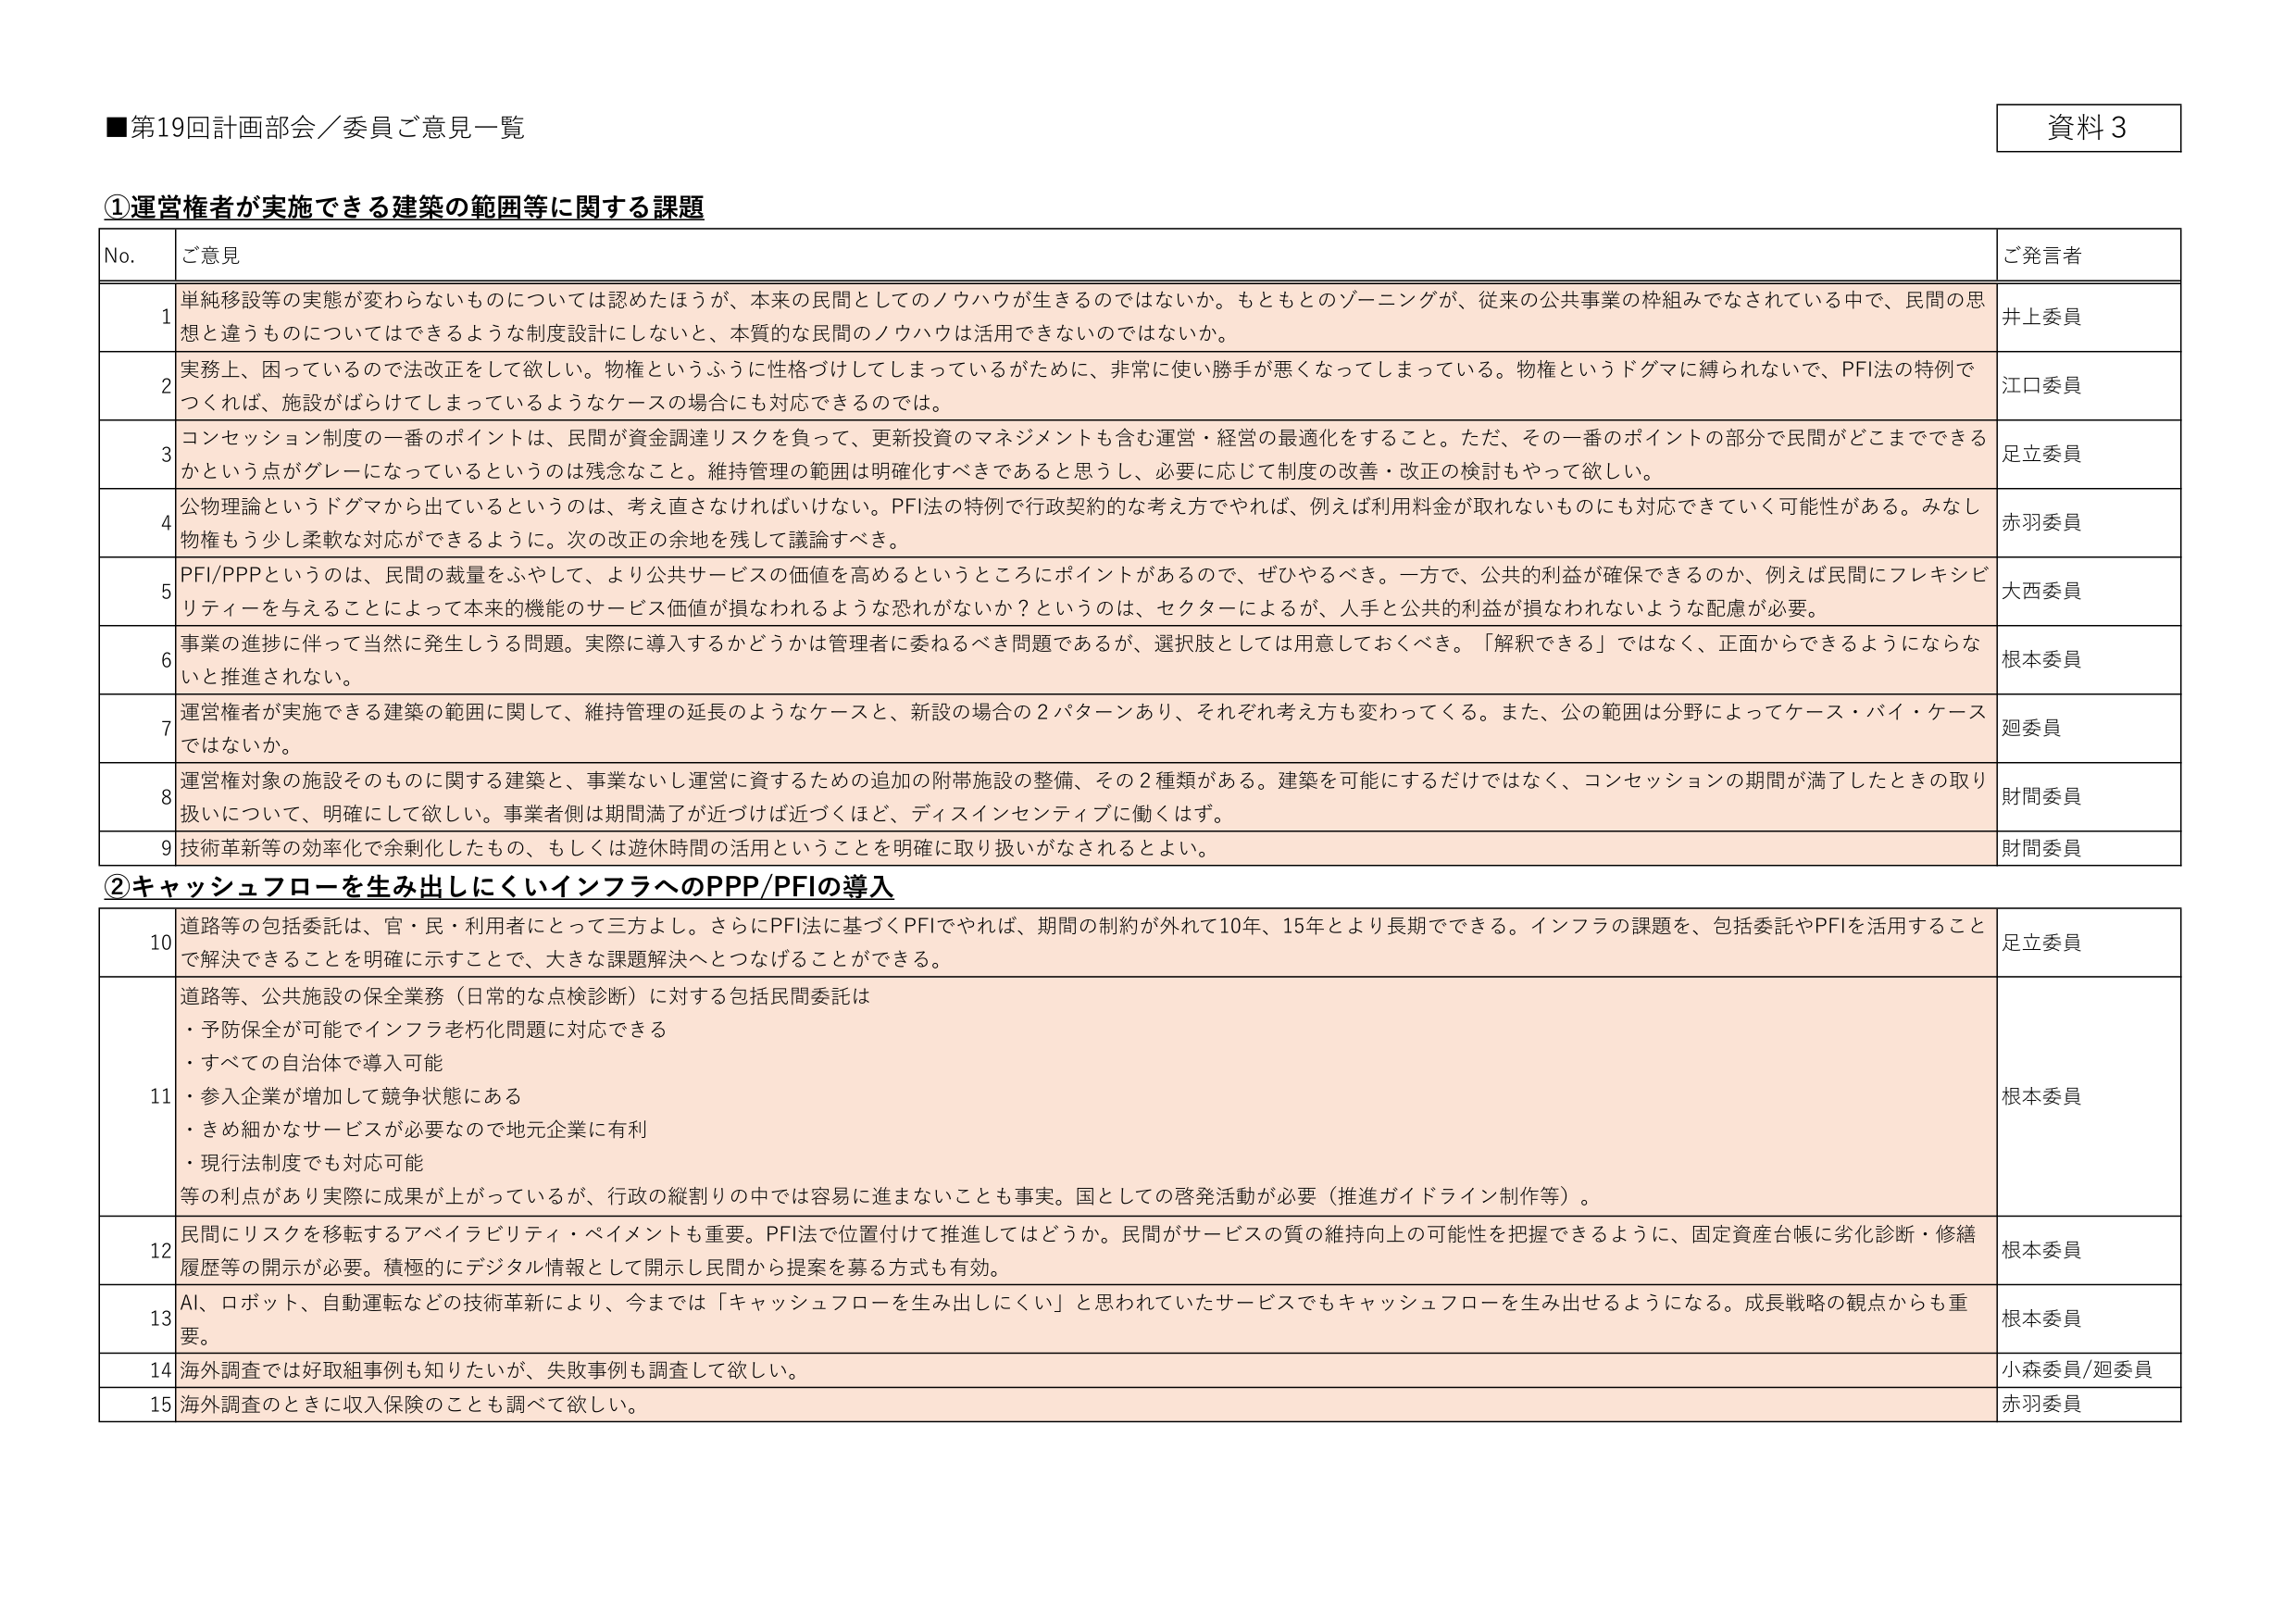
■第19回計画部会／委員ご意見一覧

資料3

①運営権者が実施できる建築の範囲等に関する課題

No. ご意見 ご発言者

1 単純移設等の実態が変わらないものについては認めたほうが、本来の民間としてのノウハウが生きるのではないか。もともとのゾーニングが、従来の公共事業の枠組みでなされている中で、民間の思想と違うものについてはできるような制度設計にしないと、本質的な民間のノウハウは活用できないのではないか。 井上委員

2 実務上、困っているので法改正をして欲しい。物権というふうに性格づけしてしまっているがために、非常に使い勝手が悪くなってしまっている。物権というドグマに縛られないで、PFI法の特例でつくれば、施設がばらけてしまっているようなケースの場合にも対応できるのでは。 江口委員

3 コンセッション制度の一番のポイントは、民間が資金調達リスクを負って、更新投資のマネジメントも含む運営・経営の最適化をすること。ただ、その一番のポイントの部分で民間がどこまでできるかという点がグレーになっているというのは残念なこと。維持管理の範囲は明確化すべきであると思うし、必要に応じて制度の改善・改正の検討もやって欲しい。 足立委員

4 公物理論というドグマから出ているというのは、考え直さなければならない。PFI法の特例で行政契約的な考え方でやれば、例えば利用料金が取れないものにも対応できていく可能性がある。みなし物権もう少し柔軟な対応ができるように。次の改正の余地を残して議論すべき。 赤羽委員

5 PFI/PPPというのは、民間の裁量をふやして、より公共サービスの価値を高めるというところにポイントがあるので、ぜひやるべき。一方で、公共的利益が確保できるのか、例えば民間にフレキシビリティーを与えることによって本来的機能のサービス価値が損なわれるような恐れがないか？というのは、セクターによるが、人手と公共的利益が損なわれないような配慮が必要。 大西委員

6 事業の進捗に伴って当然に発生しうる問題。実際に導入するかどうかは管理者に委ねるべき問題であるが、選択肢としては用意しておくべき。「解釈できる」ではなく、正面からできるようにならないと推進されない。 根本委員

7 運営権者が実施できる建築の範囲に関して、維持管理の延長のようなケースと、新設の場合の2パターンあり、それぞれ考え方も変わってくる。また、公の範囲は分野によってケース・バイ・ケースではないか。 迥委員

8 運営権対象の施設そのものに関する建築と、事業ないし運営に資するための追加の附帯施設の整備、その2種類がある。建築を可能にするだけではなく、コンセッションの期間が満了したときの取り扱いについて、明確にして欲しい。事業者側は期間満了が近づけば近づくほど、ディスインセンティブに働くはず。 財閑委員

9 技術革新等の効率化で余剰化したもの、もしくは遊休時間の活用ということを明確に取り扱いがなされるとよい。 財閑委員

②キャッシュフローを生み出しにくいインフラへのPPP/PFIの導入

10 道路等の包括委託は、官・民・利用者にとって三方よし。さらにPFI法に基づくPFIでやれば、期間の制約が外れて10年、15年とより長期でできる。インフラの課題を、包括委託やPFIを活用することで解決できることを明確に示すことで、大きな課題解決へとつなげることができる。 足立委員

11 道路等、公共施設の保全業務（日常的な点検診断）に対する包括民間委託は
・予防保全が可能でインフラ老朽化問題に対応できる
・すべての自治体で導入可能
・参入企業が増加して競争状態にある
・きめ細かなサービスが必要なので地元企業に有利
・現行法制度でも対応可能
等の利点があり実際に成果が上がっているが、行政の縦割りの中では容易に進まないことも事実。国としての啓発活動が必要（推進ガイドライン制作等）。 根本委員

12 民間にリスクを移転するアベイラビリティ・ペイメントも重要。PFI法で位置付けて推進してはどうか。民間がサービスの質の維持向上の可能性を把握できるように、固定資産台帳に劣化診断・修繕履歴等の開示が必要。積極的にデジタル情報として開示し民間から提案を募る方式も有効。 根本委員

13 AI、ロボット、自動運転などの技術革新により、今までは「キャッシュフローを生み出しにくい」と思われていたサービスでもキャッシュフローを生み出せるようになる。成長戦略の観点からも重要。 根本委員

14 海外調査では好取組事例も知りたいが、失敗事例も調査して欲しい。 小森委員/迥委員

15 海外調査のときに収入保険のことも調べて欲しい。 赤羽委員